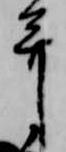
并